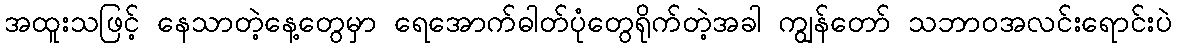
အထူးသဖြင့် နေသာတဲ့နေ့တွေမှာ ရေအောက်ဓါတ်ပုံတွေရိုက်တဲ့အခါ ကျွန်တော် သဘာဝအလင်းရောင်းပဲ